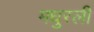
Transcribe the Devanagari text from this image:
मधुरली